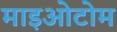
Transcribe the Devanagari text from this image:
माइओटोम